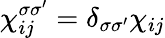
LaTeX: \chi_{ij}^{\sigma\sigma^{\prime}}=\delta_{\sigma\sigma^{\prime}}\chi_{ij}